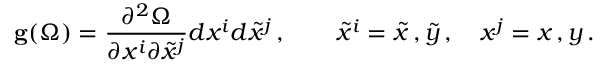
{ \bf g } ( \Omega ) = { \frac { \partial ^ { 2 } \Omega } { \partial x ^ { i } \partial { \tilde { x } ^ { j } } } } d x ^ { i } d { \tilde { x } } ^ { j } \, , \quad \quad { \tilde { x } } ^ { i } = { \tilde { x } } \, , { \tilde { y } } \, , \quad x ^ { j } = x \, , y \, .